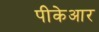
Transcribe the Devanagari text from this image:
पीकेआर